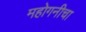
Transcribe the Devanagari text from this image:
महोगनीचा